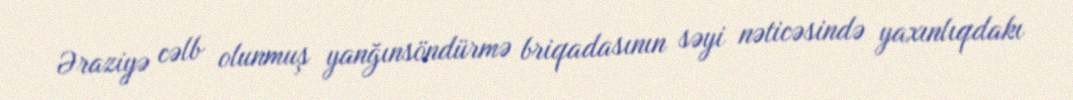
Əraziyə cəlb olunmuş yanğınsöndürmə briqadasının səyi nəticəsində yaxınlıqdakı